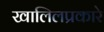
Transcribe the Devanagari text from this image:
खालिलप्रकारे